Madras plague regulations and rules - Volume 1
Disease focus: Plague
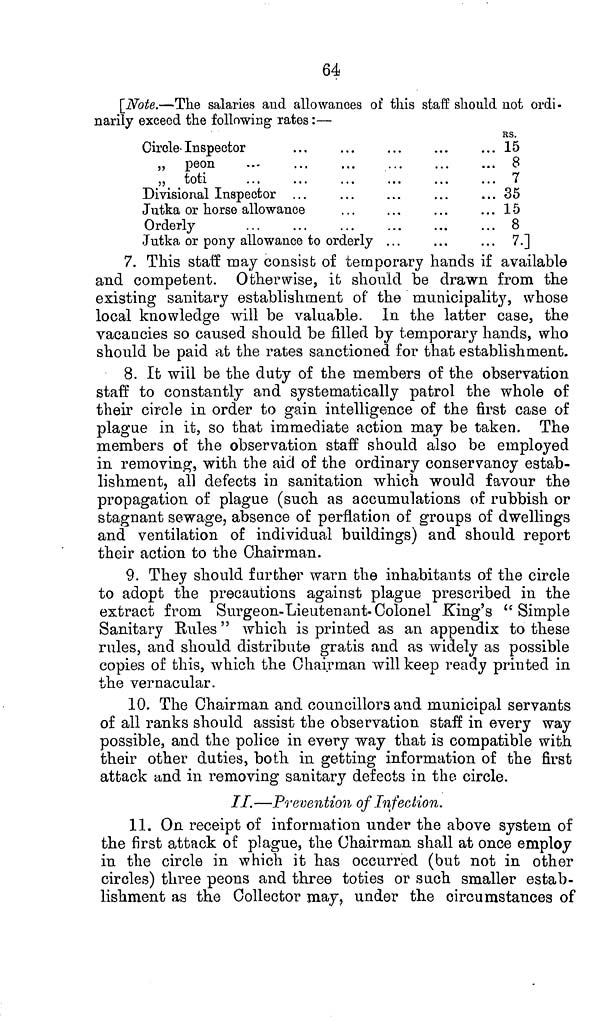
64
[Note.—The salaries and allowances of this staff should not ordi-
narily exceed the following rates :—
Circle Inspector
„ peon
„ toti
Divisional Inspector ...
Jutka or horse allowance
Orderly
Jutka or pony allowance to orderly . . .
RS.
15
8
7
35
15
8
7.]
7. This staff may consist of temporary hands if available
and competent. Otherwise, it should be drawn from the
existing sanitary establishment of the municipality, whose
local knowledge will be valuable. In the latter case, the
vacancies so caused should be filled by temporary hands, who
should be paid at the rates sanctioned for that establishment.
8. It will be the duty of the members of the observation
staff to constantly and systematically patrol the whole of
their circle in order to gain intelligence of the first case of
plague in it, so that immediate action may be taken. The
members of the observation staff should also be employed
in removing, with the aid of the ordinary conservancy estab-
lishment, all defects in sanitation which would favour the
propagation of plague (such as accumulations of rubbish or
stagnant sewage, absence of perflation of groups of dwellings
and ventilation of individual buildings) and should report
their action to the Chairman.
9. They should further warn the inhabitants of the circle
to adopt the precautions against plague prescribed in the
extract from Surgeon-Lieutenant-Colonel King's " Simple
Sanitary Rules " which is printed as an appendix to these
rules, and should distribute gratis and as widely as possible
copies of this, which the Chairman will keep ready printed in
the vernacular.
10. The Chairman and councillors and municipal servants
of all ranks should assist the observation staff in every way
possible, and the police in every way that is compatible with
their other duties, both in getting information of the first
attack and in removing sanitary defects in the circle.
II.—Prevention of Infection.
11. On receipt of information under the above system of
the first attack of plague, the Chairman shall at once employ
in the circle in which it has occurred (but not in other
circles) three peons and three toties or such smaller estab-
lishment as the Collector may, under the circumstances of